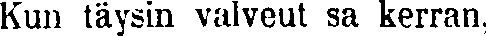
Kun täysin valveut sa kerran,